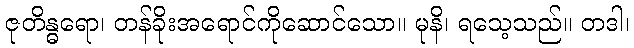
ဇုတိန္ဓရော၊ တန်ခိုးအရောင်ကိုဆောင်သော။ မုနိ၊ ရသေ့သည်။ တဒါ၊